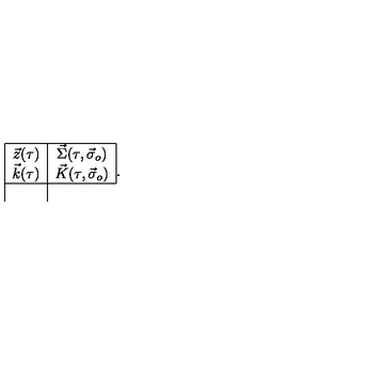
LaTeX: \begin{array} { | c | c | } \hline { \vec { z } ( \tau ) } & { \vec { \Sigma } ( \tau , \vec { \sigma } _ { o } ) } \\ { \vec { k } ( \tau ) } & { \vec { K } ( \tau , \vec { \sigma } _ { o } ) } \\ \hline { } \\ \end{array} .